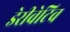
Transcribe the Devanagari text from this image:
डेरीवेटिव